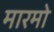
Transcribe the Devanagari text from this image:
मारमो